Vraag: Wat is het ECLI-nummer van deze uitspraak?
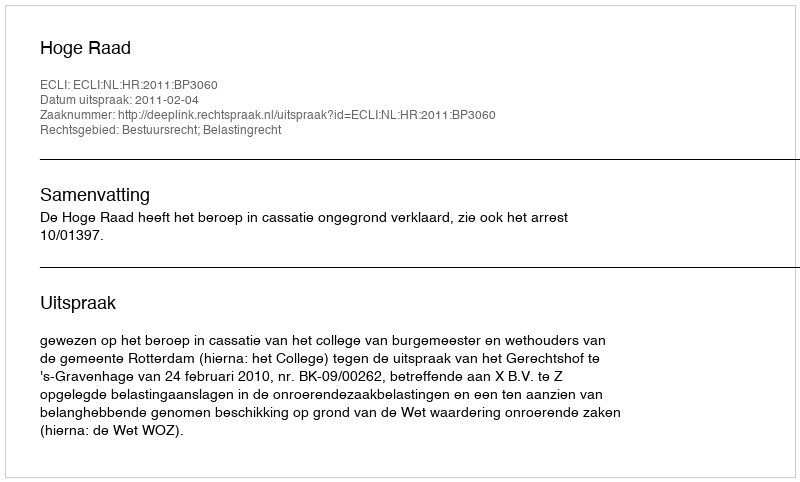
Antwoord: ECLI:NL:HR:2011:BP3060